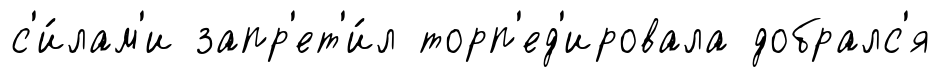
с'и́лам'и запр'ет'и́л торп'ед'ировала добралс'я